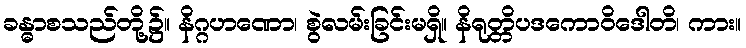
ခန္ဓာစသည်တို့၌။ နိဂ္ဂဟဏော၊ စွဲလမ်းခြင်းမရှိ။ နိရုတ္တိပဒကောဝိဒေါတိ၊ ကား။